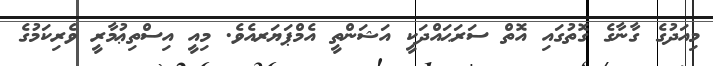
މިއަދުގެ ގާނާގެ ގޮތުގައި އޮތް ސަރަޙައްދަކީ އަޝަންތީ އެމްޕަޔަރއެވެ. މިއީ އިސްތިޢުމާރީީ ވެރިކަމުގެ